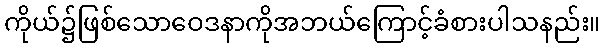
ကိုယ်၌ဖြစ်သောဝေဒနာကိုအဘယ်ကြောင့်ခံစားပါသနည်း။